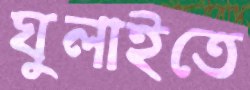
ঘুলাইতে